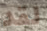
لقد